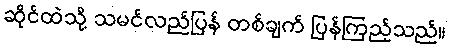
ဆိုင်ထဲသို့ သမင်လည်ပြန် တစ်ချက် ပြန်ကြည့်သည်။